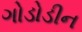
ગોડોડીન